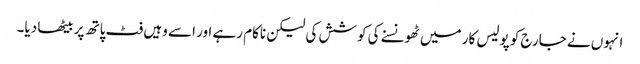
انہوں نے جارج کو پولیس کار میں ٹھونسنے کی کوشش کی لیکن ناکام رہے اور اسے وہیں فٹ پاتھ پر بیٹھا دیا۔